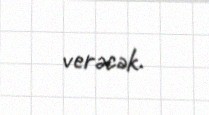
verəcək.